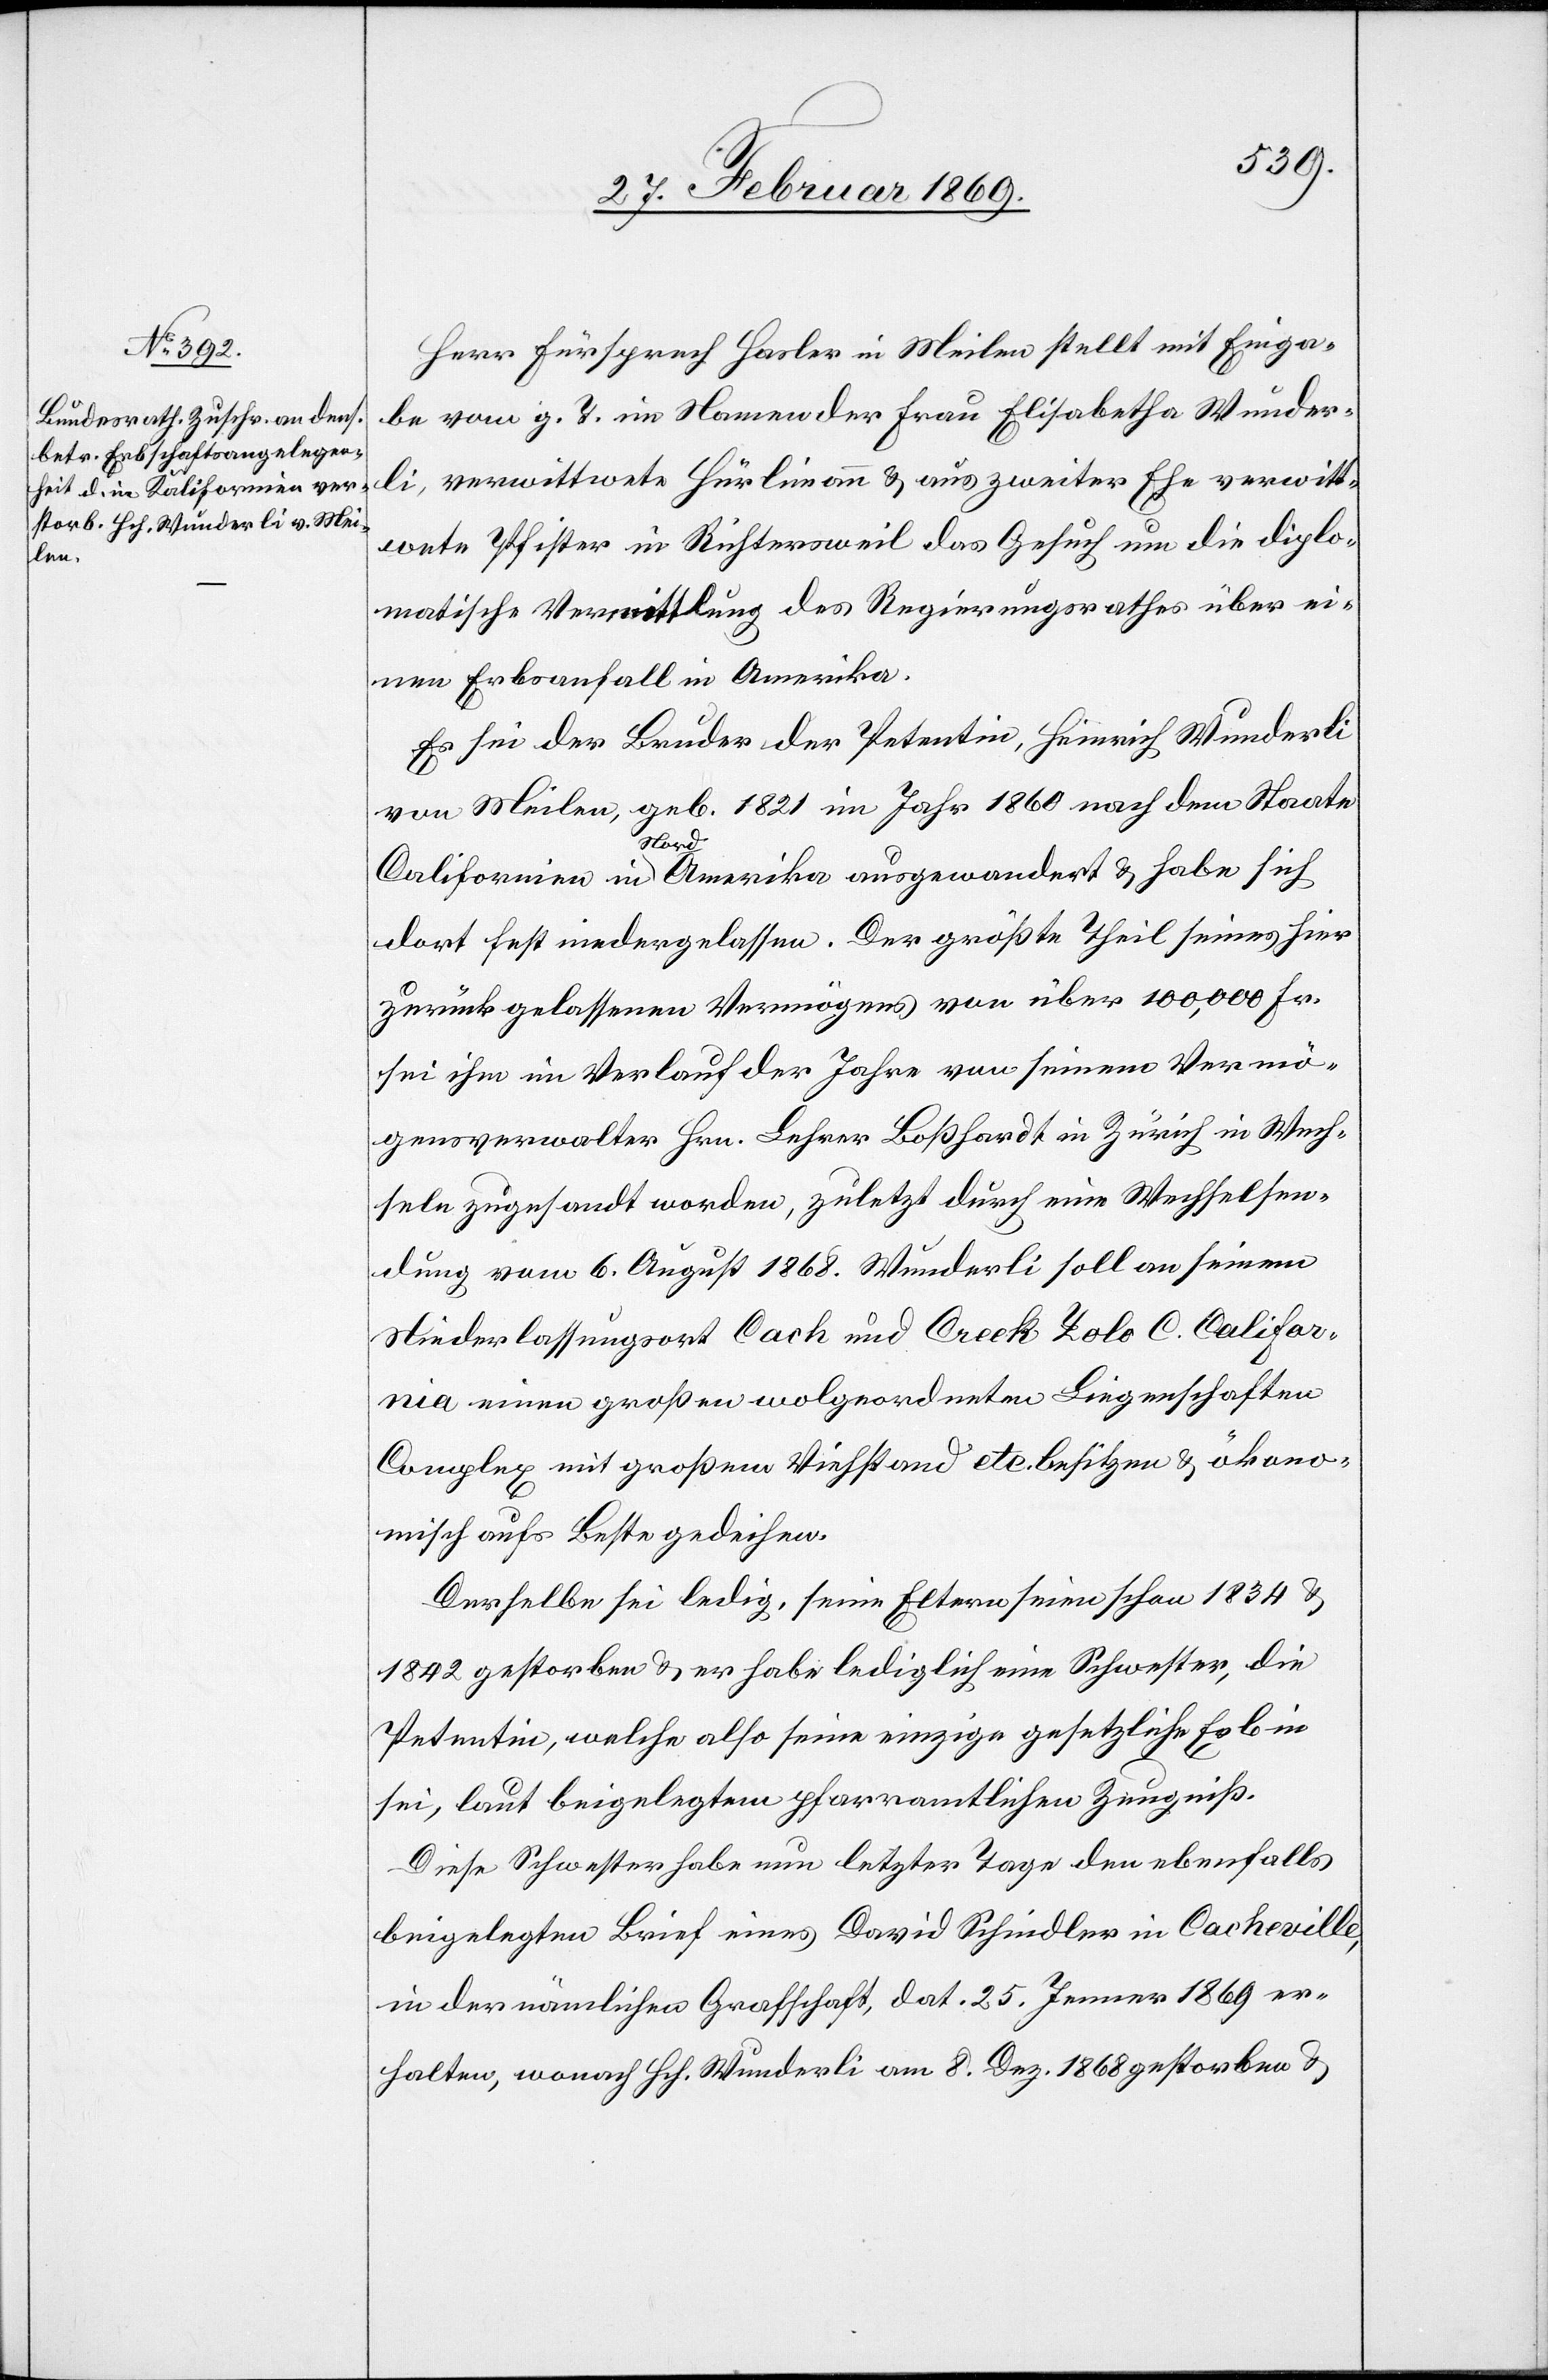
Herr Fürsprech Hasler in Meilen stellt mit Einga¬
be vom z. T. im Namen der Frau Elisabetha Wunder¬
li, verwittwete Hürlimann & aus zweiter Ehe verwitt¬
wete Pfister in Richtersweil das Gesuch um die diplo¬
matische Vermittlung des Regierungsrathes über ei¬
nen Erbsanfall in Amerika.
Es sei der Bruder der Petentin, Heinrich Wunderli
von Meilen, geb. 1821 im Jahr 1860 nach dem Staate
Californien in Nord Amerika ausgewandert & habe sich
dort fest niedergelassen. Der größte Theil seines hier
zurückgelassenen Vermögens von über 100,000 Fr.
sei ihm im Verlauf der Jahre von seinem Vermö¬
gensverwalter Hrn. Lehrer Boßhardt in Zürich in Wech¬
seln zugesandt worden, zuletzt durch eine Wechselsen¬
dung vom 6. August 1868. Wunderli sol an seinem
Niederlassungsort Cach und Creek Yolo C. Califor¬
nia einen großen wolgeordneten Liegenschaften
Complex mit großem Viehstand etc besitzen & ökono¬
misch aufs Beste gedeihen.
Derselbe sei ledig, seine Eltern seien schon 1834 &
1842 gestorben & er habe lediglich eine Schwester, die
Petentin, welche also seine einzige gesetzliche Erbin
sei, laut beigelegtem pfarramtlichen Zeugniß.
Diese Schwester habe nun letzter Tage den ebenfalls
beigelegten Brief eines David Schindler in Cacheville,
in der nämlichen Grafschaft, dat. 25. Januar 1869 er¬
halten, wonach Hch. Wunderli am 8. Dez. 1868 gestorben &